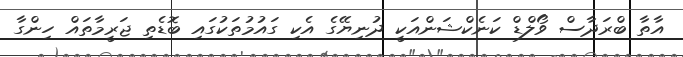
އާތާ ބްރަދާސް ވޯލްޑް ކަނެކްޝަންއަކީ ދުނިޔޭގެ އެކި ގައުމުތަކުގައި ބޮޑެތި ޖަރީމާތައް ހިންގާ